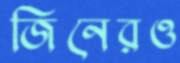
জিনেরও